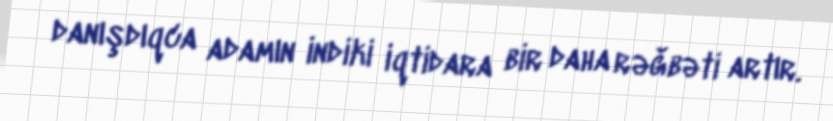
danışdıqca adamın indiki iqtidara bir daha rəğbəti artır.